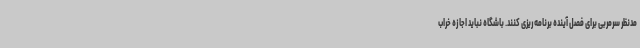
مدنظر سرمربی برای فصل آینده برنامه‌ریزی کنند. باشگاه نباید اجازه خراب